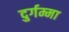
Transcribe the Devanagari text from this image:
दुर्गम्मा